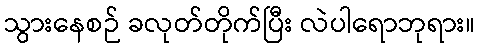
သွားနေစဉ် ခလုတ်တိုက်ပြီး လဲပါရောဘုရား။